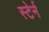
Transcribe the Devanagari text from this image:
स्टेर्न